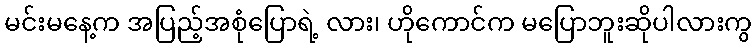
မင်းမနေ့က အပြည့်အစုံပြောရဲ့ လား၊ ဟိုကောင်က မပြောဘူးဆိုပါလားကွ